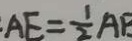
. A E = \frac { 1 } { 2 } A B